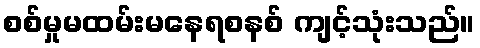
စစ်မှုမထမ်းမနေရစနစ် ကျင့်သုံးသည်။